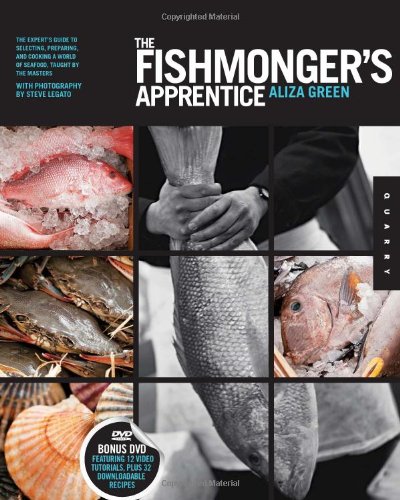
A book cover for The Fishmonger's Apprentice: The Expert's Guide to Selecting, Preparing, and Cooking a World of Seafood, Taught by the Masters; Aliza Green; Cookbooks, Food & Wine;